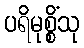
ပရိမုစ္စိံသု